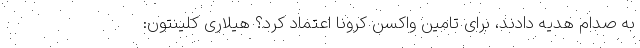
به صدام هدیه دادند، برای تامین واکسن کرونا اعتماد کرد؟ هیلاری کلینتون: